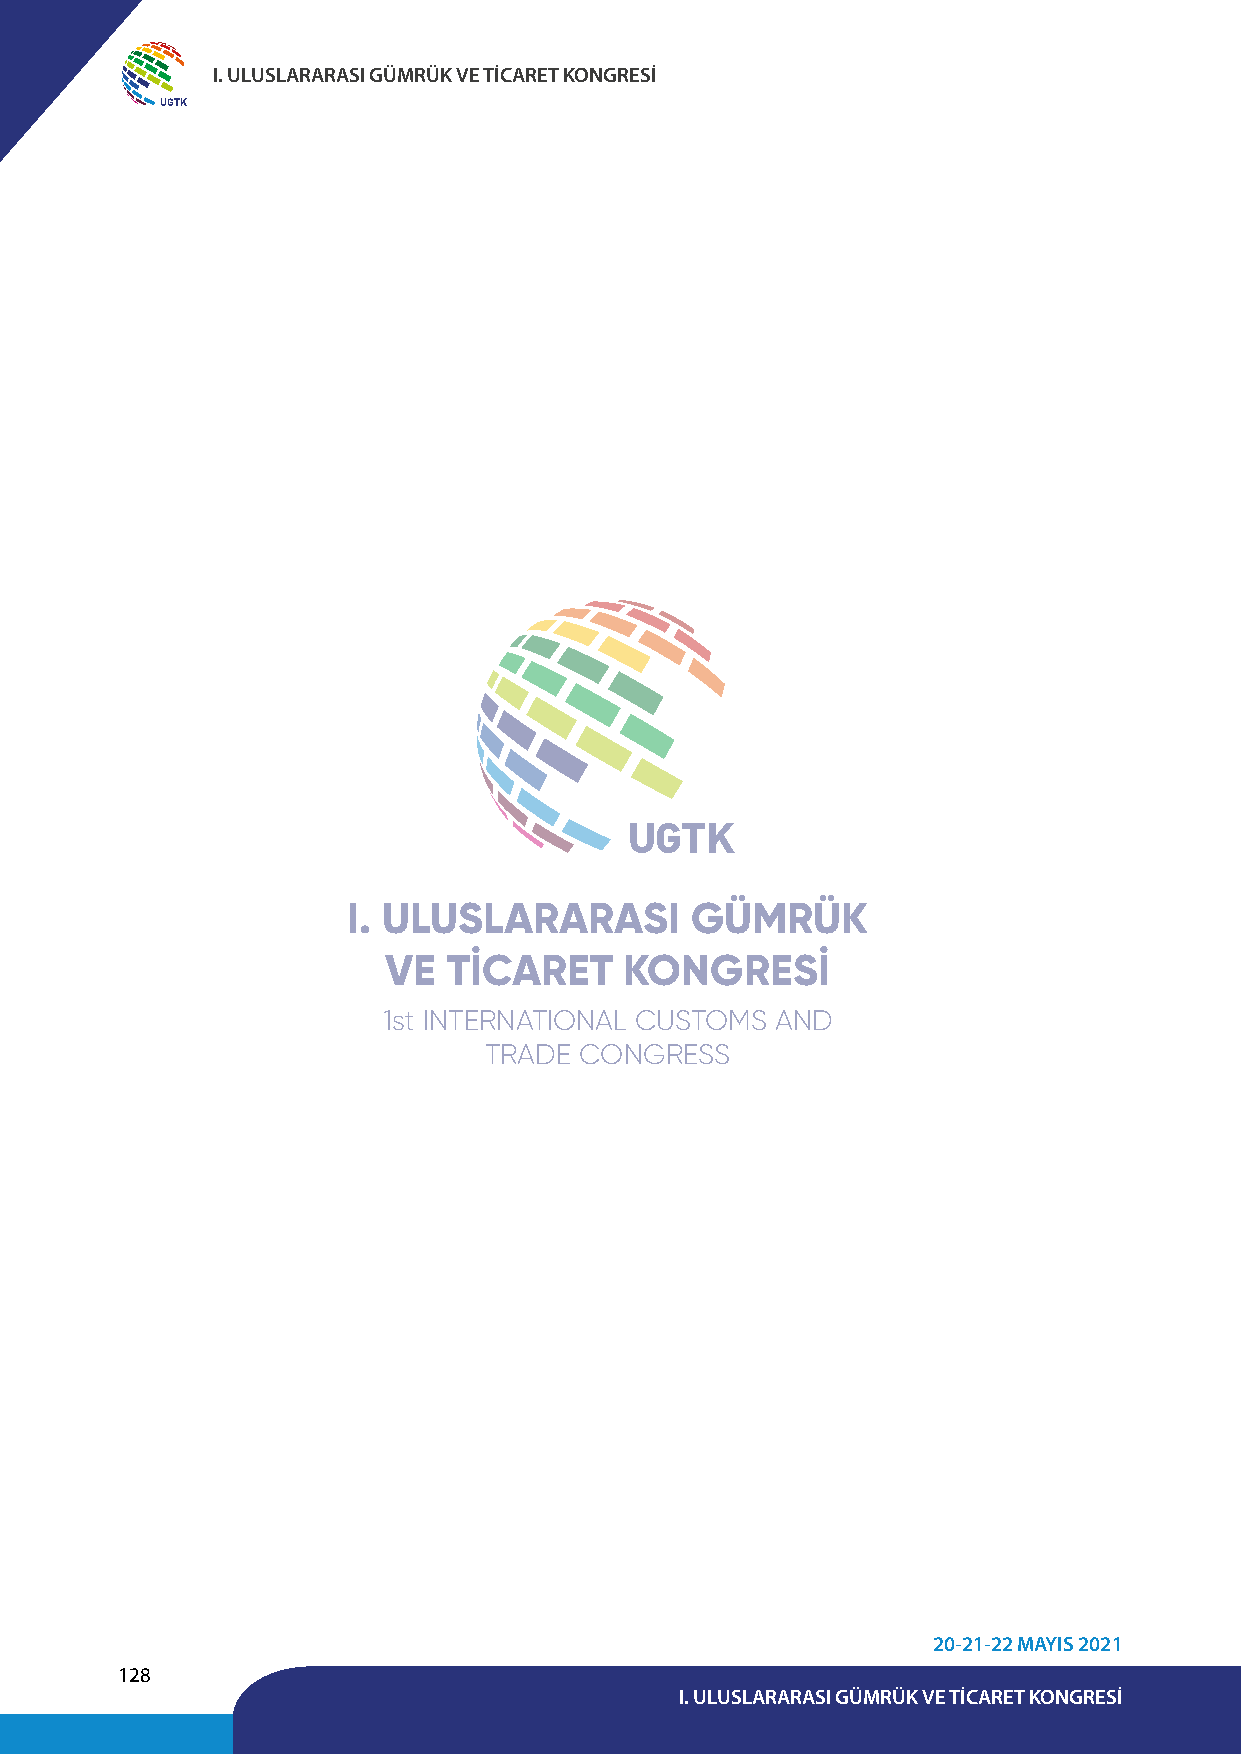
I. ULUSLARARASI GÜMRÜK VE TİCARET KONGRESİ
 UGTK
 UGTK
 I. ULUSLARARASI        GÜMRÜK
 VE   TİCARET    KONGRESİ
 1st INTERNATIONAL CUSTOMS AND
 TRADE CONGRESS
 20-21-22 MAYIS 2021
 128
 I. ULUSLARARASI GÜMRÜK VE TİCARET KONGRESİ